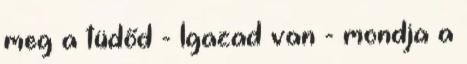
meg a tüdőd - Igazad van - mondja a